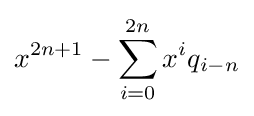
x^{2n+1}-\sum _{i=0}^{2n}x^{i}q_{i-n}